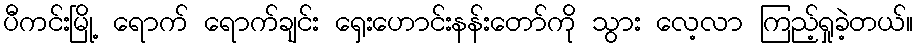
ပီကင်းမြို့ ရောက် ရောက်ချင်း ရှေးဟောင်းနန်းတော်ကို သွား လေ့လာ ကြည့်ရှုခဲ့တယ်။